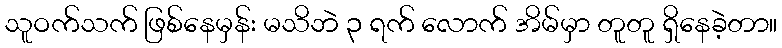
သူဝက်သက် ဖြစ်နေမှန်း မသိဘဲ ၃ ရက် လောက် အိမ်မှာ တူတူ ရှိနေခဲ့တာ။